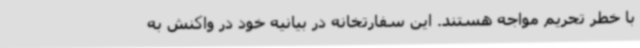
با خطر تحریم مواجه هستند. این سفارتخانه در بیانیه خود در واکنش به